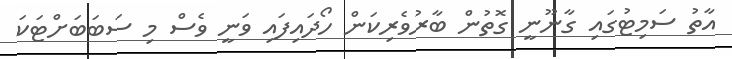
އާތު ސަމިޓުގައި ގާނޫނީ ގޮތުން ބާރުވެރިކަން ހޯދައިފައި ވަނީ ވެސް މި ސަބަބަށްޓަކަ